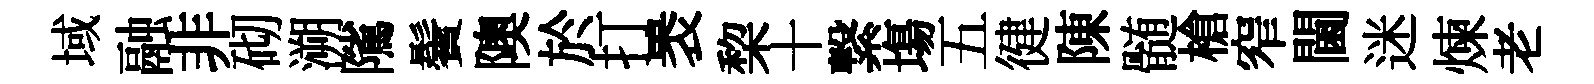
域融非砌溯隲鬢隩於打褁棃十繋塲五徤陳髄槍窄閫迷煉老